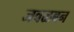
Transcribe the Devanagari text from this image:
जवळबन